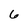
Character: 6